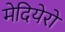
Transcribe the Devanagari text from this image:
मेदियेरो